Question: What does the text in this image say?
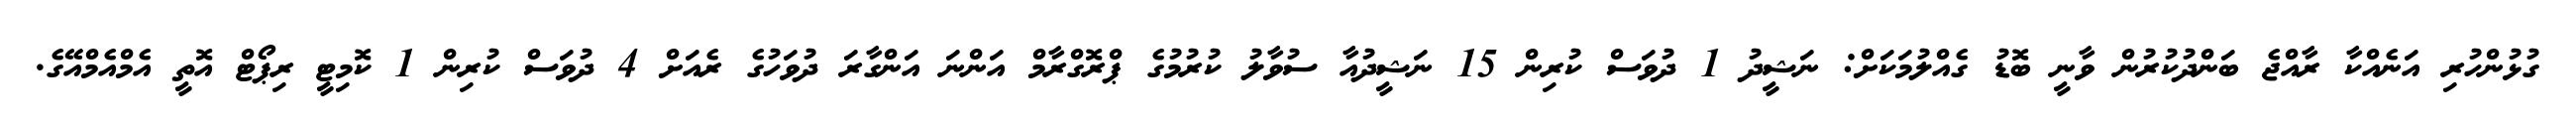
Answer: ގުޅުންހުރި އަނެއްކާ ރާއްޖެ ބަންދުކުރުން ވާނީ ބޮޑު ގެއްލުމަކަށް: ނަޝީދު 1 ދުވަސް ކުރިން 15 ނަޝީދުއާ ސުވާލު ކުރުމުގެ ޕްރޮގްރާމް އަންނަ އަންގާރަ ދުވަހުގެ ރެއަށް 4 ދުވަސް ކުރިން 1 ކޮމިޓީ ރިޕޯޓް އޮތީ އެމްއެމްއޭގެ.